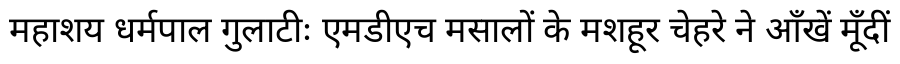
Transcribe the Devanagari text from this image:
महाशय धर्मपाल गुलाटीः एमडीएच मसालों के मशहूर चेहरे ने आँखें मूँदीं